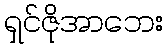
ရှင်ဇိုအာဘေး